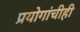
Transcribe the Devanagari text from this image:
प्रयोगांचीही